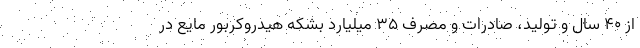
از ۴۰ سال و تولید، صادرات و مصرف ۳۵ میلیارد بشکه هیدروکربور مایع در